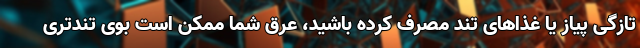
تازگی پیاز یا غذاهای تند مصرف کرده باشید، عرق شما ممکن است بوی تندتری